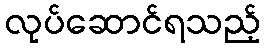
လုပ်ဆောင်ရသည့်